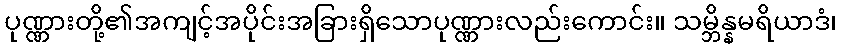
ပုဏ္ဏားတို့၏အကျင့်အပိုင်းအခြားရှိသောပုဏ္ဏားလည်းကောင်း။ သမ္ဘိန္နမရိယာဒံ၊